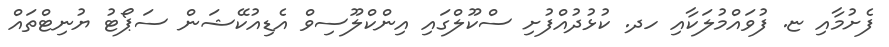
ފެށުމާއި ޏ. ފުވައްމުލަކާއި ހދ. ކުޅުދުއްފުށި ސްކޫލްގައި އިންކްލޫސިވް އެޑިއުކޭޝަން ސަޕޯޓު ޔުނިޓްތައް